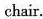
chair.